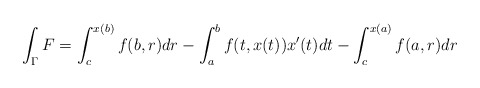
\begin{align*} \int_{\Gamma}F = \int _c^{x(b)} f(b,r) dr-\int_a^b f(t,x(t))x'(t)dt-\int_c^{x(a)}f(a,r)dr \end{align*}